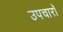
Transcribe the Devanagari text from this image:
उपचारॉ